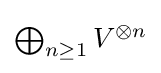
{\textstyle \bigoplus _{n\geq 1}V^{\otimes n}}